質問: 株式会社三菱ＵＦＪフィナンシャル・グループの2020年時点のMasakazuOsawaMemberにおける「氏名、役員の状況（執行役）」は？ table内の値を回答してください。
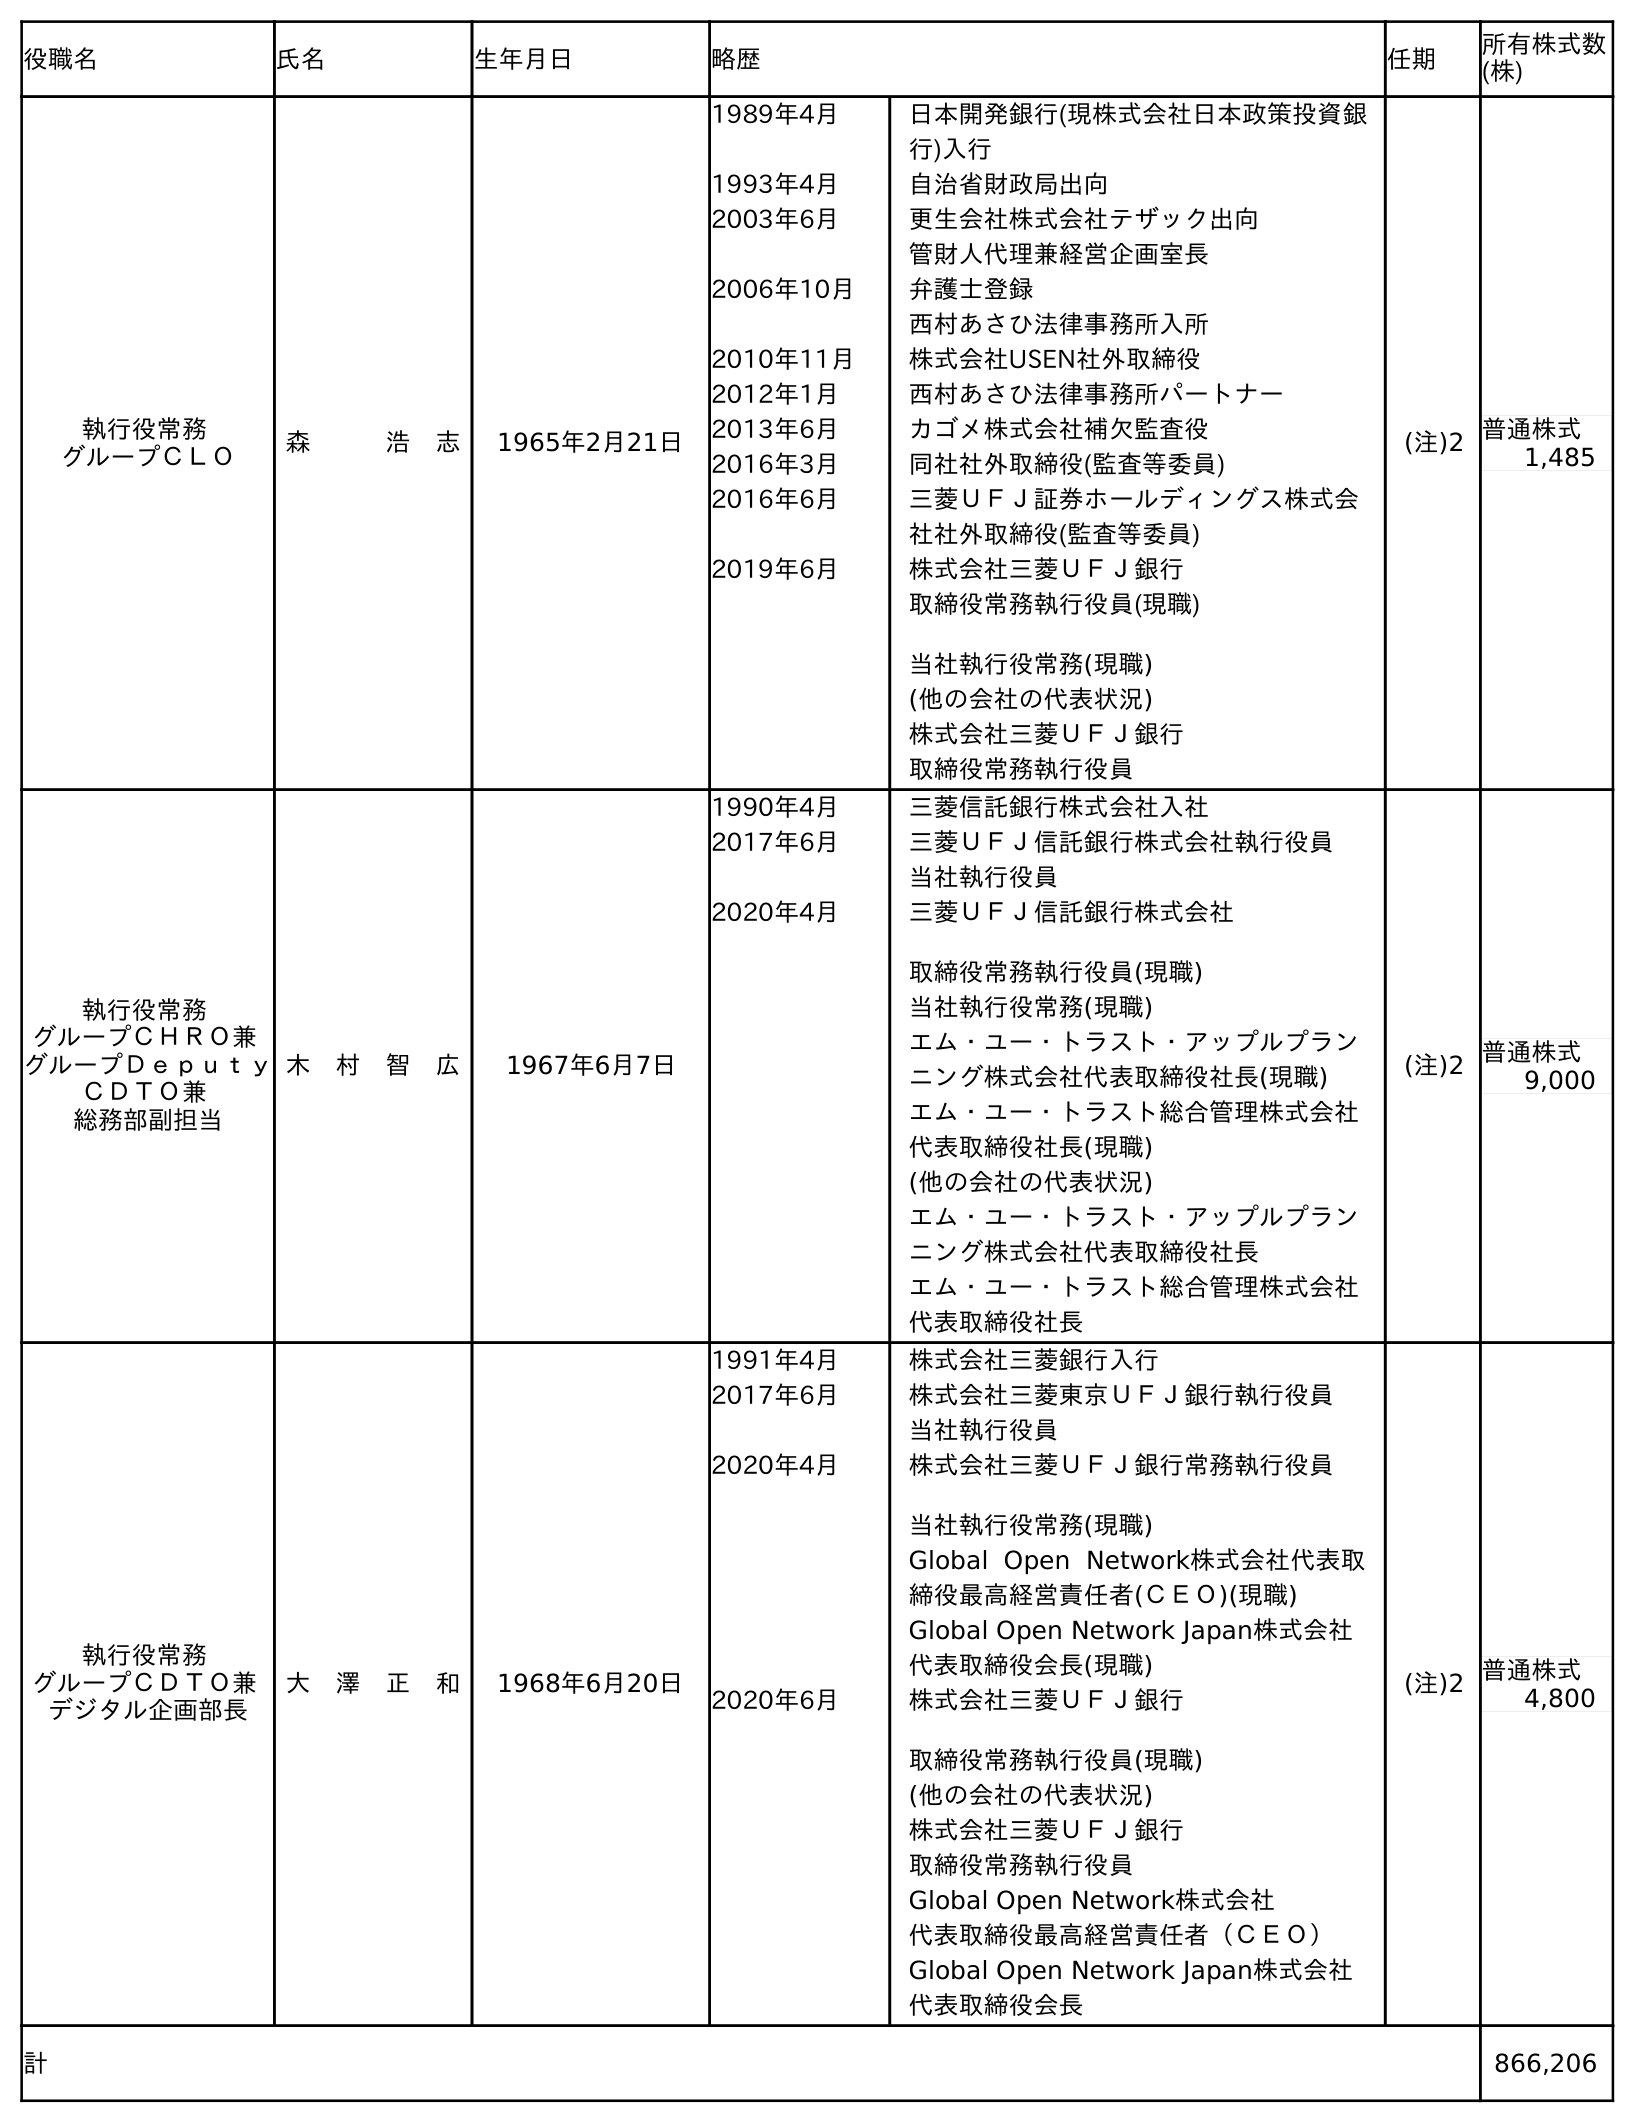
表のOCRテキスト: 役職名 氏名 生年月日 略歴 任期 所有株式数 (株) 執行役常務 グループＣＬＯ 森   浩 志 1965年2月21日 1989年4月 日本開発銀行(現株式会社日本政策投資銀 行)入行 1993年4月 自治省財政局出向 2003年6月 更生会社株式会社テザック出向 管財人代理兼経営企画室長 2006年10月 弁護士登録 西村あさひ法律事務所入所 2010年11月 株式会社USEN社外取締役 2012年1月 西村あさひ法律事務所パートナー 2013年6月 カゴメ株式会社補欠監査役 2016年3月 同社社外取締役(監査等委員) 2016年6月 三菱ＵＦＪ証券ホールディングス株式会 社社外取締役(監査等委員) 2019年6月 株式会社三菱ＵＦＪ銀行 取締役常務執行役員(現職) 当社執行役常務(現職) (他の会社の代表状況) 株式会社三菱ＵＦＪ銀行 取締役常務執行役員 (注)2 普通株式 1,485 執行役常務 グループＣＨＲＯ兼 グループＤｅｐｕｔｙ ＣＤＴＯ兼 総務部副担当 木 村 智 広 1967年6月7日 1990年4月 三菱信託銀行株式会社入社 2017年6月 三菱ＵＦＪ信託銀行株式会社執行役員 当社執行役員 2020年4月 三菱ＵＦＪ信託銀行株式会社 取締役常務執行役員(現職) 当社執行役常務(現職) エム・ユー・トラスト・アップルプラン ニング株式会社代表取締役社長(現職) エム・ユー・トラスト総合管理株式会社 代表取締役社長(現職) (他の会社の代表状況) エム・ユー・トラスト・アップルプラン ニング株式会社代表取締役社長 エム・ユー・トラスト総合管理株式会社 代表取締役社長 (注)2 普通株式 9,000 執行役常務 グループＣＤＴＯ兼 デジタル企画部長 大 澤 正 和 1968年6月20日 1991年4月 株式会社三菱銀行入行 2017年6月 株式会社三菱東京ＵＦＪ銀行執行役員 当社執行役員 2020年4月 株式会社三菱ＵＦＪ銀行常務執行役員 当社執行役常務(現職) Global Open Network株式会社代表取 締役最高経営責任者(ＣＥＯ)(現職) Global Open Network Japan株式会社 代表取締役会長(現職) 2020年6月 株式会社三菱ＵＦＪ銀行 取締役常務執行役員(現職) (他の会社の代表状況) 株式会社三菱ＵＦＪ銀行 取締役常務執行役員 Global Open Network株式会社 代表取締役最高経営責任者（ＣＥＯ） Global Open Network Japan株式会社 代表取締役会長 (注)2 普通株式 4,800 計 866,206
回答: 大　澤　正　和